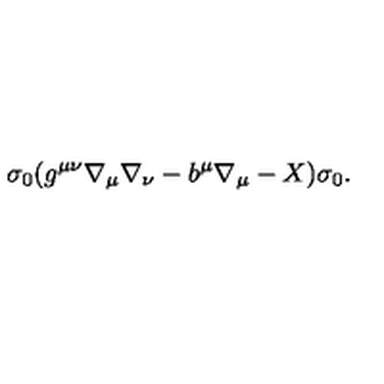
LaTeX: \sigma _ { 0 } ( g ^ { \mu \nu } \nabla _ { \mu } \nabla _ { \nu } - b ^ { \mu } \nabla _ { \mu } - X ) \sigma _ { 0 } .